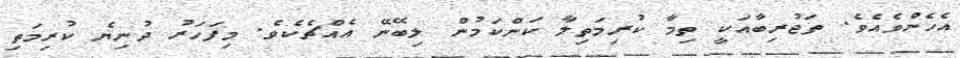
އެހެންވެއެވެ. ތަޖުރިބާއަކީ ތިމާ ކުރިމަތިލާ ކަންކަމުން ލިބޭނޭ އެއްޗެކެވެ. މިފަހަރު ދުނިޔެ ކުރިމަތި